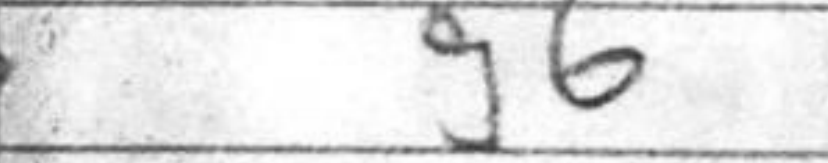
Transcription: g6